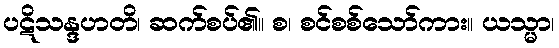
ပဋိသန္ဒဟတိ၊ ဆက်စပ်၏။ စ၊ စင်စစ်သော်ကား။ ယသ္မာ၊